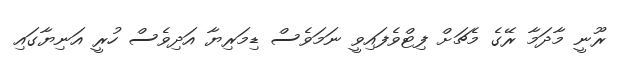
ރޫނީ މާދަމާ ރޭގެ މެޗަށް ފިޓްވެފައިވީ ނަމަވެސް ޑިމަރިޔާ އަދިވެސް ހުރީ އަނިޔާގައި